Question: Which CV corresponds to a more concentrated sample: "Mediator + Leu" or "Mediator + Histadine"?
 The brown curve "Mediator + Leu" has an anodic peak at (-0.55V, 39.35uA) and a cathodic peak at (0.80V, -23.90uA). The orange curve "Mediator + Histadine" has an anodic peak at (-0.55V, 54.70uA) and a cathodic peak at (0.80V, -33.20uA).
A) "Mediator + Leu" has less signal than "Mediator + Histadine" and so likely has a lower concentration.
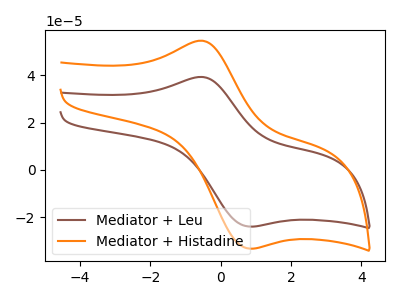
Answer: <think>All the peaks in "Mediator + Leu" have a peak in "Mediator + Histadine" at the same potential. Every peak in "Mediator + Leu" is lower than every peak in "Mediator + Histadine".
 </think>
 <answer>A) "Mediator + Leu" has less signal than "Mediator + Histadine" and so likely has a lower concentration.</answer>
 <eval>A</eval>